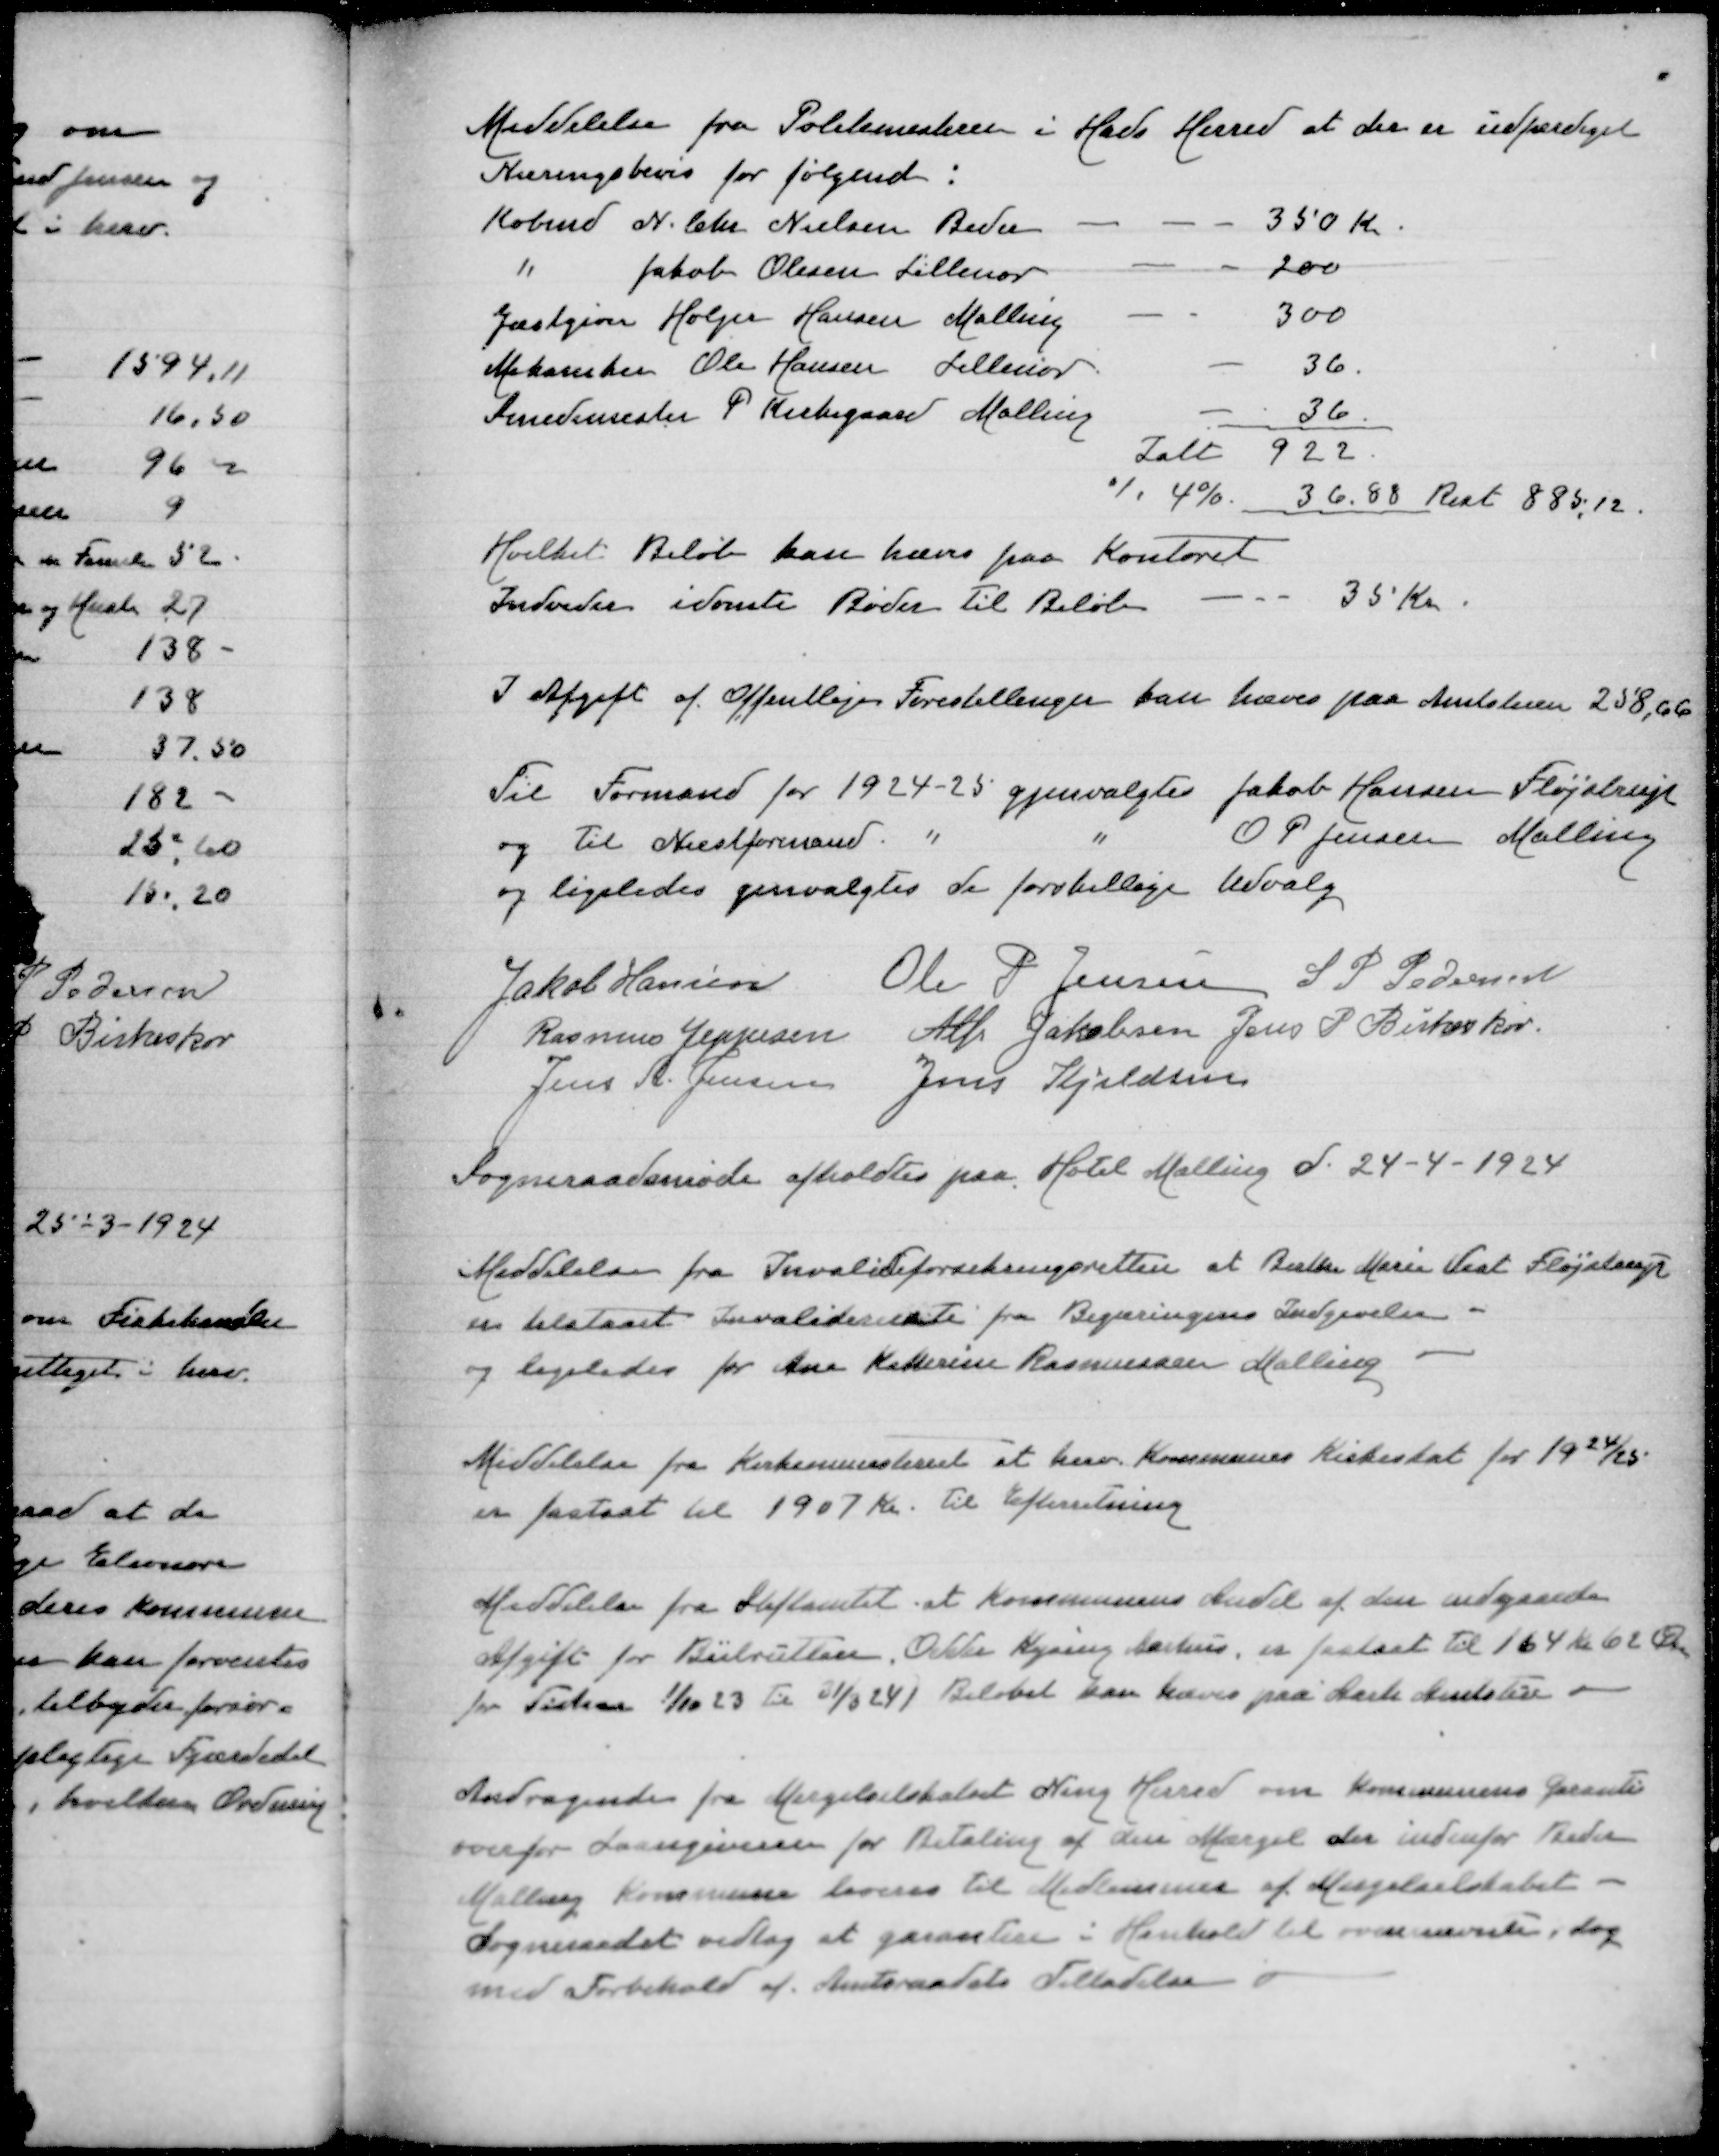
Transskription:
Meddelelse fra Politimesteren i Hads Herred at der er udfærdiget
Næringsbevis for følgende:
Kobmd N Chr Nielsen Beder
350 Kr
" Jakob Olesen Lillenor
200
Gæstgiver Holger Hansen Malling
300
Mekaniker Ole Hansen Lillenor
36
Smedemester P Kirkegaard Malling
36
Ialt 922
./. 4% 36,88 Rest 885,12
Hvilket Beløb kan hæves paa Kontoret
Indvidere idømte Bøder til Beløb
35 Kr

I Afgift af Offentlige Forestillinger kan hæves paa Amtstuen 258,66

Til Formand for 1924-25 gjenvalgtes Jakob Hansen Fløjstrup
og til Næstformand " " O P Jensen Malling
og ligeledes genvalgtes de forskellige Udvalg

Jakob Hansen
Ole P Jensen
S P Pedersen
Rasmus Jeppesen
Alfr Jakobsen
Jens P Birkeskov
Jens A Jensen
Jens Kjeldsen
Sogneraadsmøde afholdtes paa Hotel Malling d 24-4-1924

Meddelelse fra Invalideforsikringsretten at Bertha Marie Vest Fløjstrup
er tilstaaet Invaliderente fra Begæringens Indgivelse
og ligeledes for Ane Kathrine Rasmussen Malling

Meddelelse fra Kirkeministeriet at herv Kommunes Kirkeskat for 1924/25
er fastsat til 1907 Kr. til efterretning

Meddelelse fra Stiftamtet at Kommunens Andel af den indgaaede
Afgift for Biilrutten, Odder Kysing Aarhus er fastsat til 164 Kr 62 Øre
for tiden 1/11 23 til 31/3 24 ) Beløbet kan hæves paa Aarh Amtstue

Andragende fra Mergelselskabet Ning Herred om Kommunens Garanti
overfor Laangiveren for Betaling af den Mergel der indenfor Beder
Malling Kommune leveres til Medlemmer af Mergelselskabet -
dog mindst vedtag at garantien i Henhold til ovennævnte i dag
med Forbehold af Amtsraadets Tilladelse